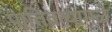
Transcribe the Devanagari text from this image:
पातिव्रत्यामुळे